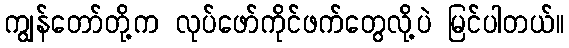
ကျွန်တော်တို့က လုပ်ဖော်ကိုင်ဖက်တွေလို့ပဲ မြင်ပါတယ်။